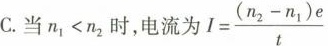
C.当$$n_{1}<n_{2}$$时，电流为$$ I= \frac{(n_{1}-n_{2})e}{t}$$